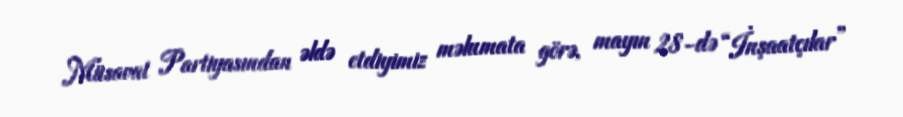
Müsavat Partiyasından əldə etdiyimiz məlumata görə, mayın 28-də “İnşaatçılar”